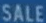
SALE